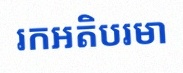
រកអតិបរមា